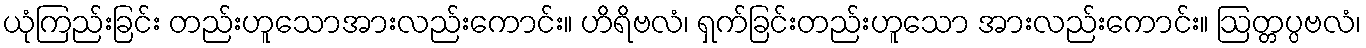
ယုံကြည်းခြင်း တည်းဟူသောအားလည်းကောင်း။ ဟိရိဗလံ၊ ရှက်ခြင်းတည်းဟူသော အားလည်းကောင်း။ ဩတ္တပ္ပဗလံ၊